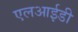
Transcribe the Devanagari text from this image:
एलआईडी